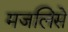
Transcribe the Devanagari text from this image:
मजलिसे